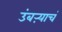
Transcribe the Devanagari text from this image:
उंबऱ्याचं